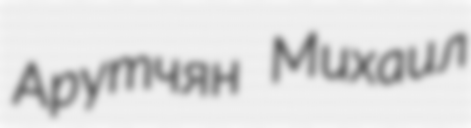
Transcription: Арутчян Михаил